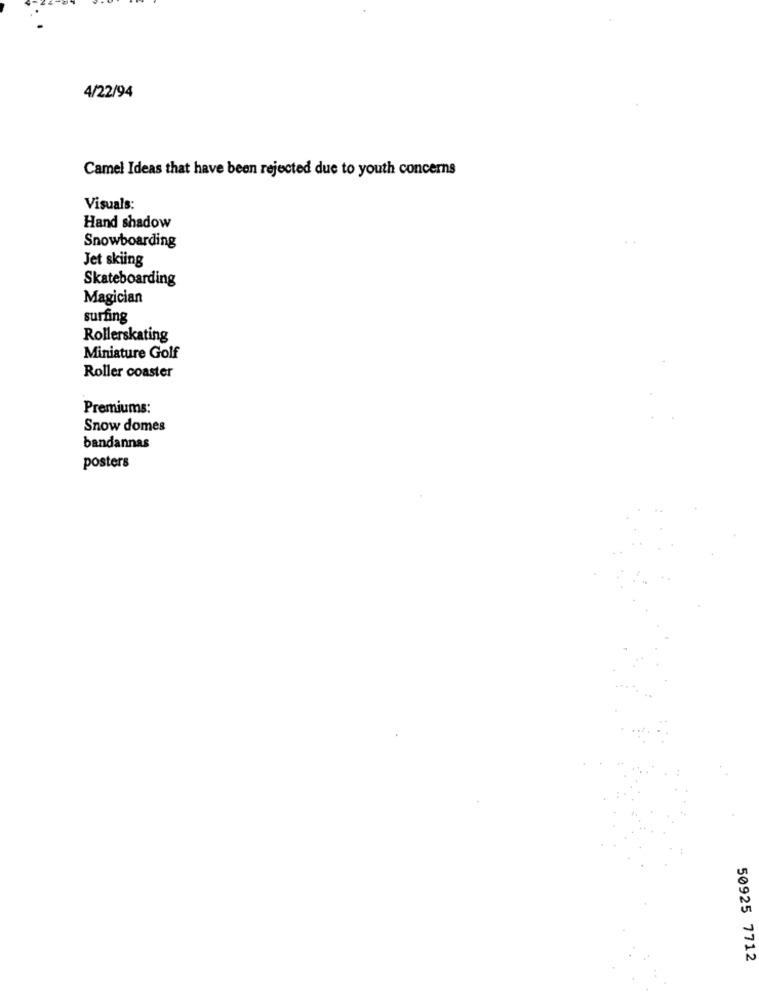
4/22/94
Camel Ideas that have been rejected due to youth concerns
Visuals:
Hand shadow
Snowboarding
Jet skiing
Skateboarding
Magician
surfing
Rollerskating
Miniature Golf
Roller coaster
Premiums:
Snow domes
bandannas
posters
50925 7712